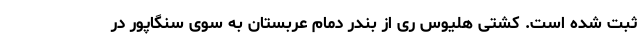
ثبت شده است. کشتی هلیوس ری از بندر دمام عربستان به سوی سنگاپور در